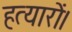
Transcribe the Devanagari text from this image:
हत्यारों।